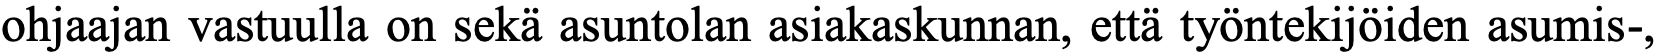
ohjaajan vastuulla on sekä asuntolan asiakaskunnan, että työntekijöiden asumis-,